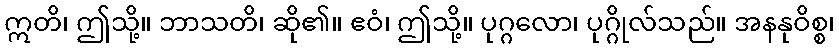
ဣတိ၊ ဤသို့။ ဘာသတိ၊ ဆို၏။ ဧဝံ၊ ဤသို့။ ပုဂ္ဂလော၊ ပုဂ္ဂိုလ်သည်။ အနနုဝိစ္စ၊